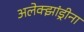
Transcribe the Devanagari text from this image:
अलेक्झांड्रीना